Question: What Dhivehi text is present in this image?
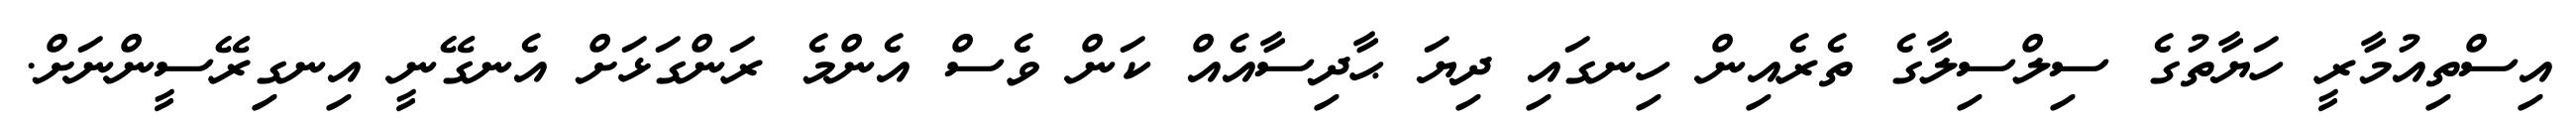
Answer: އިސްތިއުމާރީ ހަޔާތުގެ ސިލްސިލާގެ ތެރެއިން ހިނގައި ދިޔަ ޙާދިސާއެއް ކަން ވެސް އެންމެ ރަންގަޅަށް އެނގޭނީ އިނގިރޭސީންނަށް.